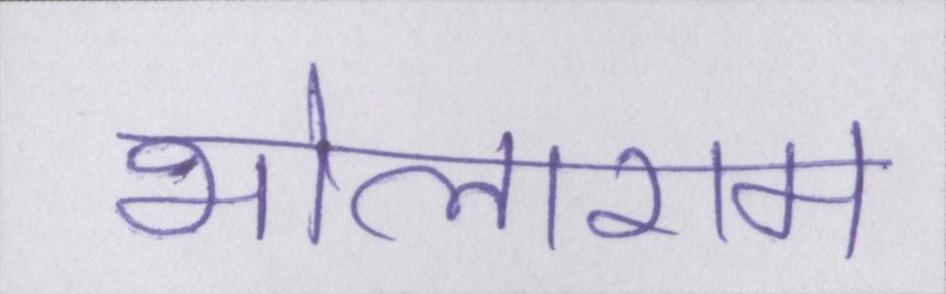
भोलाराम